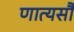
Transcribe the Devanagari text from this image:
णात्यसौ